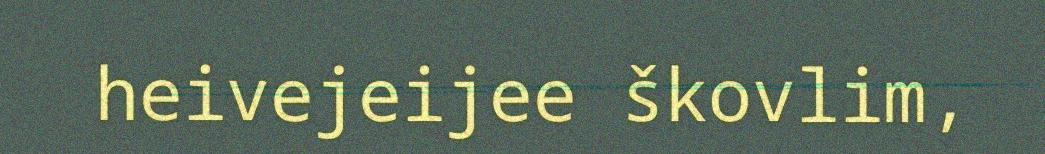
heivejeijee škovlim,